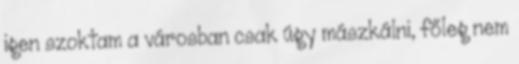
igen szoktam a városban csak úgy mászkálni, főleg nem